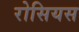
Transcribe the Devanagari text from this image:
रोसियस